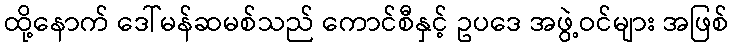
ထို့နောက် ဒေါ်မန်ဆမစ်သည် ကောင်စီနှင့် ဥပဒေ အဖွဲ့ဝင်များ အဖြစ်